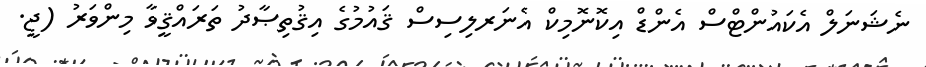
ނެޝަނަލް އެކައުންޓްސް އެންޑް އިކޮނޮމިކް އެނަރލިސިސް ޤައުމުގެ އިޤުތިޞާދު ތަރައްޤީވާ މިންވަރު (ޖީ.